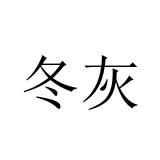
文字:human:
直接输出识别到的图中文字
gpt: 冬灰